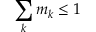
\sum _ { k } m _ { k } \leq 1